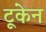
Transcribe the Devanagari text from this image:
टूकेन